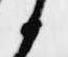
候